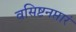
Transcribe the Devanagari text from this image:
वसिष्टनप्तारं